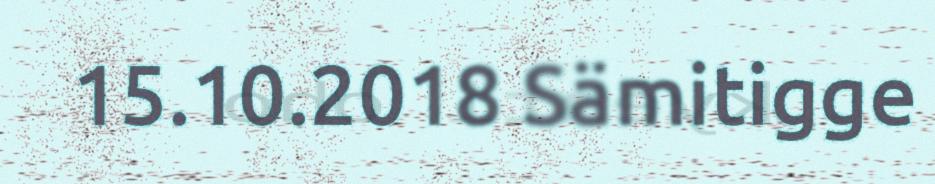
15.10.2018 Sämitigge